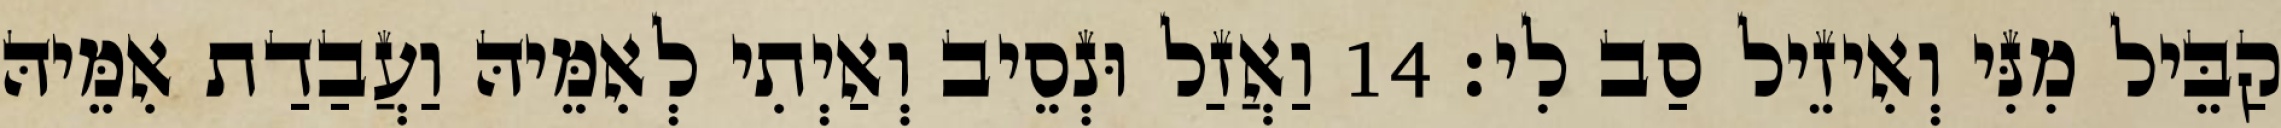
קַבֵּיל מִנִּי וְאִיזֵיל סַב לִי׃ 14 וַאֲזַל וּנְסֵיב וְאַיְתִי לְאִמֵּיהּ וַעֲבַדַת אִמֵּיהּ